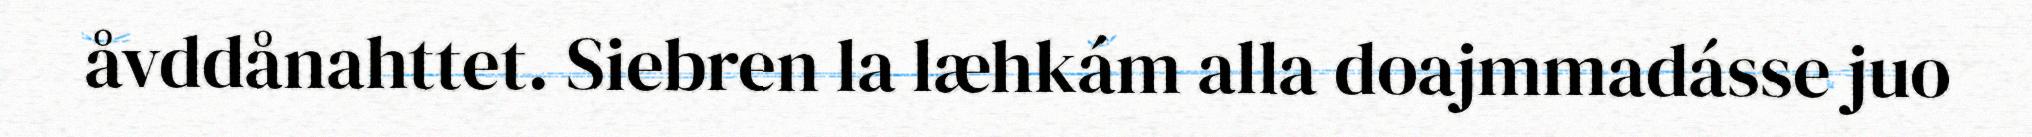
åvddånahttet. Siebren la læhkám alla doajmmadásse juo